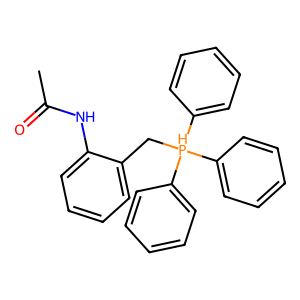
SMILES: CC(=O)Nc1ccccc1C[PH](c1ccccc1)(c1ccccc1)c1ccccc1
Inhibits HIV replication: No